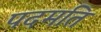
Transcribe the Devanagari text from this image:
पदमति